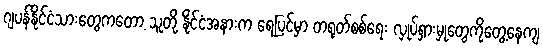
ဂျပန်နိုင်ငံသားတွေကတော့ သူတို့ နိုင်ငံအနားက ရေပြင်မှာ တရုတ်စစ်ရေး လှုပ်ရှားမှုတွေကိုတွေ့နေကျ